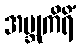
အဗ္ဘုကိရိံ